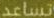
تساعد